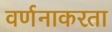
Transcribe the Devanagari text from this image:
वर्णनाकरता